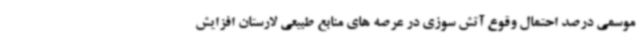
موسمی درصد احتمال وقوع آتش سوزی در عرصه های منابع طبیعی لارستان افزایش